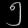
Digit: ၅